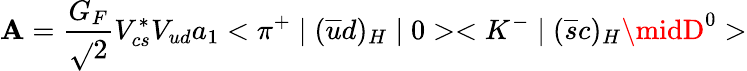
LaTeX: \mathbf{A}=\frac{{G_{F}}}{{\sqrt{}{{2}}}}V_{cs}^{*}V_{ud}a_{1}<\pi^{+}\mid(\overline{{{{u}}}}d)_{H}\mid0><K^{-}\mid(\overline{{{{s}}}}c)_{H}\midD^{0}>